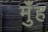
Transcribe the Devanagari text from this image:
मुँंह